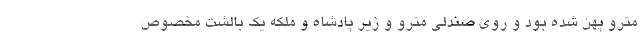
مترو پهن شده بود و روی صندلی مترو و زیر پادشاه و ملکه یک بالشت مخصوص